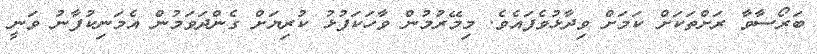
ބަރޯސާވާ ރަށްތަކަށް ކަމަށް ވިދާޅުވެފައެވެ. މިމޭރުމުން ވާހަކަފުޅު ކުރިޔަށް ގެންދަވަމުން އެމަނިކުފާނު ވަނީ